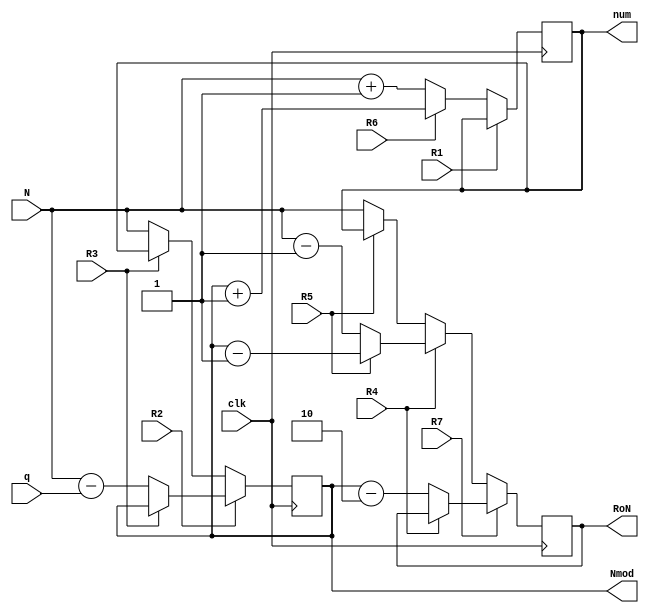
`timescale 1ns / 1ps
//////////////////////////////////////////////////////////////////////////////////
// Company: 
// Engineer: 
// 
// Design Name: 
// Module Name: Round_poly_DP
// Project Name: 
// Target Devices: 
// Tool Versions: 
// Description: 
// 
// Dependencies: 
// 
// Revision:
// Revision 0.01 - File Created
// Additional Comments:
// 
//////////////////////////////////////////////////////////////////////////////////


module Round_poly_DP(
    input clk,
    input [12:0]N,
    input [12:0]q,
    output reg [12:0]RoN,
    output reg [12:0]num,
    output reg [12:0]Nmod,
    input R1, R2,R3, R4, R5, R6, R7   
    );
    
    wire [12:0] nextNmod;
    wire [12:0] nextRoN;
    wire [12:0] nextnum;
    
    // Registro M
    always @(posedge clk)
        Nmod <= nextNmod;
    // Parte combinacional de M
    assign nextNmod = R2 ?  R3 ? Nmod:N-q :R3 ? num:N ;
    
    // Registro A
    always @(posedge clk)
        RoN <= nextRoN;
    assign nextRoN = R7 ? R4 ? RoN:Nmod-2 :R4 ? R5 ? Nmod-1:N-1 : R5 ? num: N;    
        
    //Registro M1    
    always @(posedge clk)
        num <= nextnum;
    // Parte combinacional de RQ
    assign nextnum = R1 ?  num: R6 ? Nmod+1: N+1 ;

endmodule